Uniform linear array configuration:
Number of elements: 24
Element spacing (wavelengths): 0.25
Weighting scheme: binomial
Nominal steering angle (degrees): -15
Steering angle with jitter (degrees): -14.115
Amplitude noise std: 0.05
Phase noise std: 0.05

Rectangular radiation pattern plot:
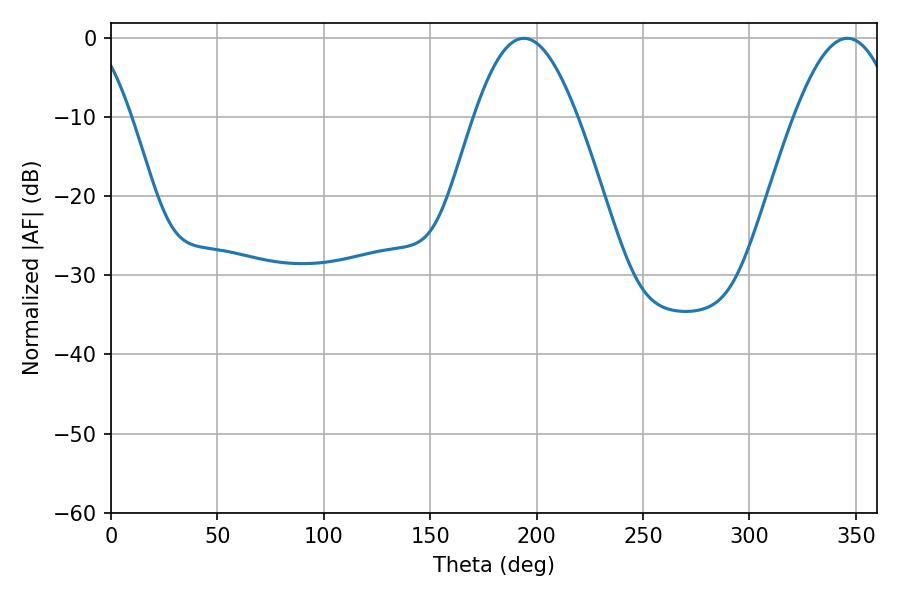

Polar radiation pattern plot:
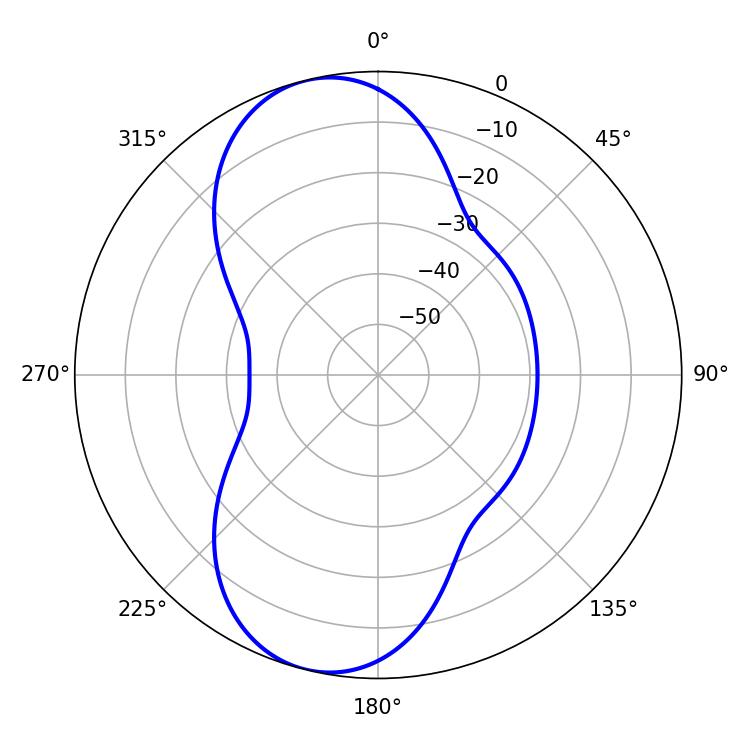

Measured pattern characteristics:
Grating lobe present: FALSE
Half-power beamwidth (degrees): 26.28
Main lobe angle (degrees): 194.04